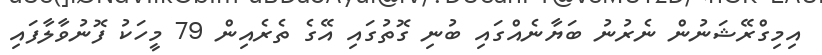
އިމިގްރޭޝަނުން ނެރުނު ބަޔާނެއްގައި ބުނި ގޮތުގައި އޭގެ ތެރެއިން 79 މީހަކު ފޮނުވާލާފައި